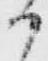
か